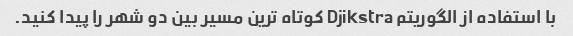
با استفاده از الگوریتم Djikstra کوتاه ترین مسیر بین دو شهر را پیدا کنید.